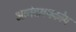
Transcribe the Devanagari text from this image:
आनंदमयकोष